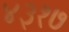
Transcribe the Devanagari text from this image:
४३१७